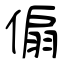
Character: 傓